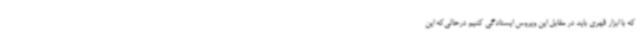
که با ابزار قهری باید در مقابل این ویروس ایستادگی کنیم درحالی‌که این